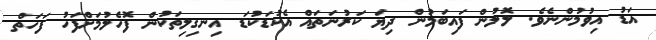
އަޑު އިވުމުންނެވެ. ލޮލުން ފައިބަމުން ދިޔަ ކަރުނަތައް އެކުޑަކުޑަ އިނގިލިތަކުން ފޮހެލުމަށްފަހު ފަހަތް